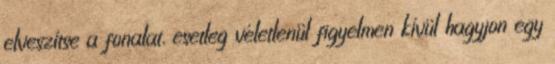
elveszítse a fonalat, esetleg véletlenül figyelmen kívül hagyjon egy